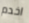
اخدم